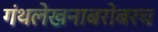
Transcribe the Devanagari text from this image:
गंथलेखनाबरोबरच